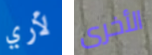
لأري الأخرى